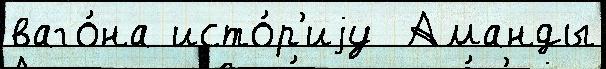
ваго́на исто́р'иjу  Аманды